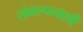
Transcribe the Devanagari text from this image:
संकल्पनाशी